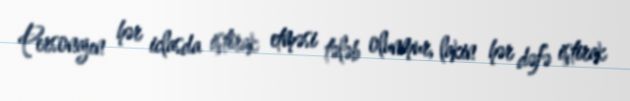
Personajın hər iclasda iştirak etməsi tələb olunmur, lakin hər dəfə iştirak